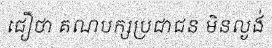
ជឿថា គណបក្សប្រជាជន មិនល្ងង់